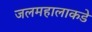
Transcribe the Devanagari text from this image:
जलमहालाकडे